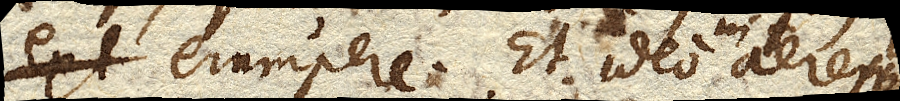
erumpere. Et ideo in aere